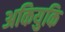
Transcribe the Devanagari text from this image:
अकियुकि